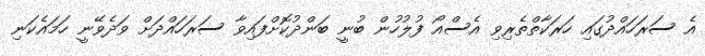
އެ ސަރަހައްދުގައި ހަރަކާތްތެރިވި އެސްއޯ ފުލުހުން ބުނީ ބަންދުކޮށްފައިވާ ސަރަހައްދަށް ވަދެވޭނީ ހަމައެކަނި